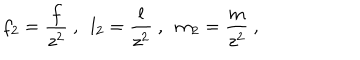
LaTeX: f _ { 2 } = \frac { f } { z ^ { 2 } } \ , \ \ l _ { 2 } = \frac { l } { z ^ { 2 } } \ , \ \ m _ { 2 } = \frac { m } { z ^ { 2 } } \ ,